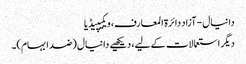
دانیال - آزاد دائرۃ المعارف، ویکیپیڈیا
دیگر استعمالات کے لیے، دیکھیے دانیال (ضد ابہام)۔